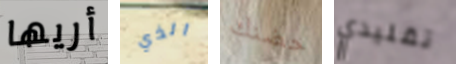
أريها الذي حضنك تقليدي